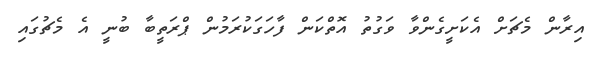
އިރާން މެޗަށް އެކަށީގެންވާ ވަގުތު އޮތްކަން ފާހަގަކުރަމުން ޕްރަތީބާ ބުނީ އެ މެޗުގައި